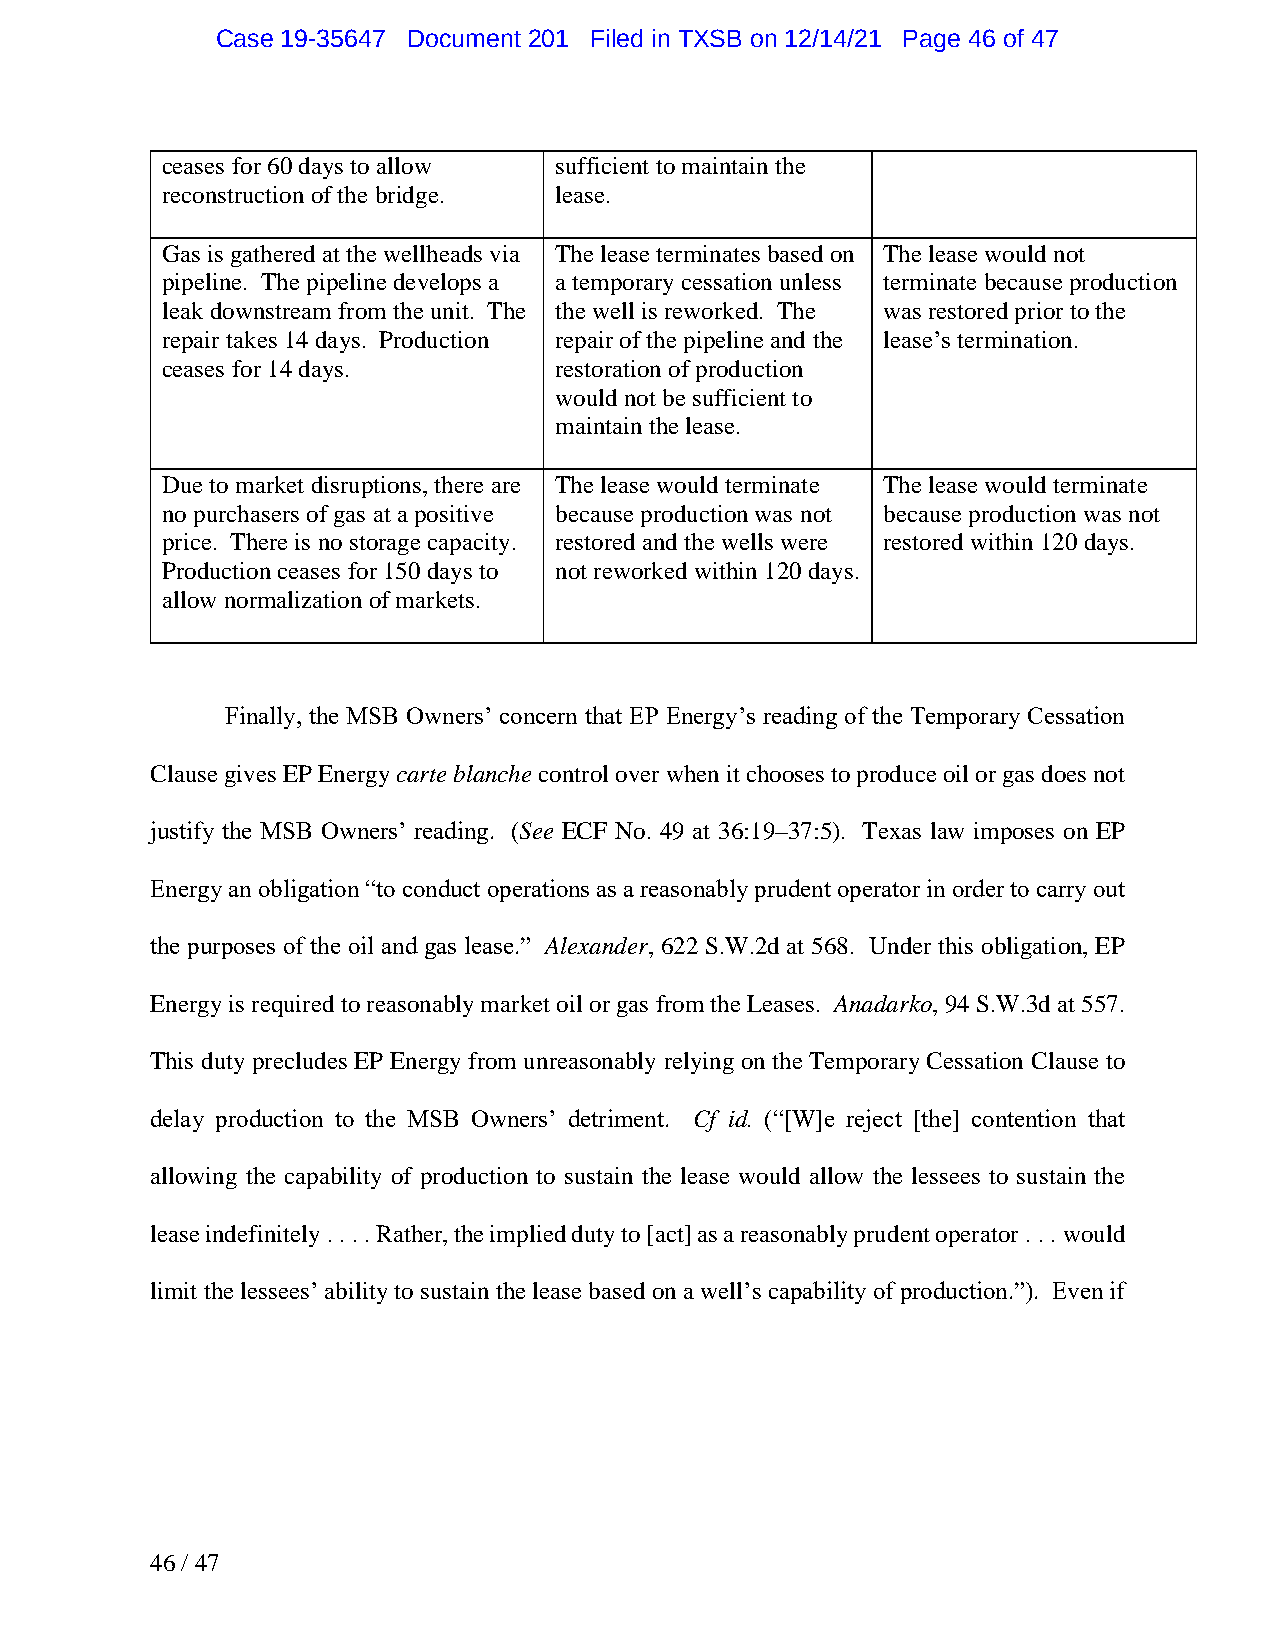
Case 19-35647 Document 201 Filed in TXSB on 12/14/21 Page 46 of 47
 ceases for 60 days to allow sufficient to maintain the
 reconstruction of the bridge. lease.
 Gas is gathered at the wellheads via The lease terminates based on The lease would not
 pipeline. The pipeline develops a a temporary cessation unless terminate because production
 leak downstream from the unit. The the well is reworked. The was restored prior to the
 repair takes 14 days. Production repair of the pipeline and the lease’s termination.
 ceases for 14 days.       restoration of production
 would not be sufficient to
 maintain the lease.
 Due to market disruptions, there are The lease would terminate The lease would terminate
 no purchasers of gas at a positive because production was not because production was not
 price. There is no storage capacity. restored and the wells were restored within 120 days.
 Production ceases for 150 days to not reworked within 120 days.
 allow normalization of markets.
 Finally, the MSB Owners’ concern that EP Energy’s reading of the Temporary Cessation
 Clause gives EP Energy carte blanche control over when it chooses to produce oil or gas does not
 justify the MSB Owners’ reading. (See ECF No. 49 at 36:19–37:5). Texas law imposes on EP
 Energy an obligation “to conduct operations as a reasonably prudent operator in order to carry out
 the purposes of the oil and gas lease.” Alexander, 622 S.W.2d at 568. Under this obligation, EP
 Energy is required to reasonably market oil or gas from the Leases. Anadarko, 94 S.W.3d at 557.
 This duty precludes EP Energy from unreasonably relying on the Temporary Cessation Clause to
 delay production to the MSB Owners’ detriment. Cf id. (“[W]e reject [the] contention that
 allowing the capability of production to sustain the lease would allow the lessees to sustain the
 lease indefinitely . . . . Rather, the implied duty to [act] as a reasonably prudent operator . . . would
 limit the lessees’ ability to sustain the lease based on a well’s capability of production.”). Even if
 46 / 47